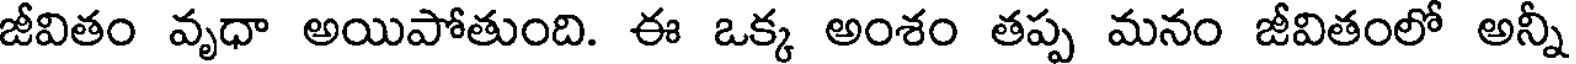
జీవితం వృధా అయిపోతుంది. ఈ ఒక్క అంశం తప్ప మనం జీవితంలో అన్నీ